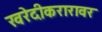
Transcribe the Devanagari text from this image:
खरेदीकरारावर